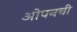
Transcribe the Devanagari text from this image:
ओपनची